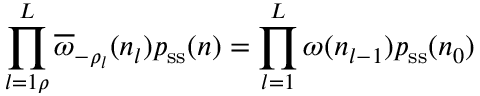
\prod _ { l = 1 \rho } ^ { L } \overline { { \omega } } _ { - \rho _ { l } } ( \boldsymbol n _ { l } ) p _ { \mathrm { s s } } ( \boldsymbol n ) = \prod _ { l = 1 } ^ { L } \omega _ { } ( \boldsymbol n _ { l - 1 } ) p _ { \mathrm { s s } } ( \boldsymbol n _ { 0 } )